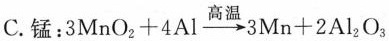
C.锰：$$3MnO_{2}+4Al\xrightarrow[]{高温}3Mn+2Al_{2}O_{3}$$